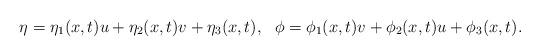
LaTeX: \begin{align*}\eta=\eta_1(x,t)u+\eta_2(x,t)v+\eta_3(x,t),~~ \phi=\phi_1(x,t)v+\phi_2(x,t)u+\phi_3(x,t). \\\end{align*}